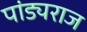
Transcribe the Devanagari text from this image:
पांड्यराज